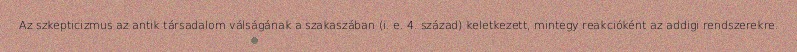
Az szkepticizmus az antik társadalom válságának a szakaszában (i. e. 4. század) keletkezett, mintegy reakcióként az addigi rendszerekre.